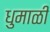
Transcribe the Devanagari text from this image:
धुमाळी